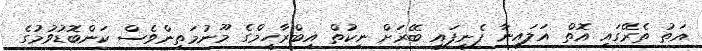
އަތު ތެރޭގައި އޮތް އަލައިނާ ފެނިފައި ބޭރަށް ނިކުތް އިބްރާހީމްގެ މޫނުމަތިންވެސް ކަންބޮޑުވުމުގެ